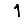
Digit: 1